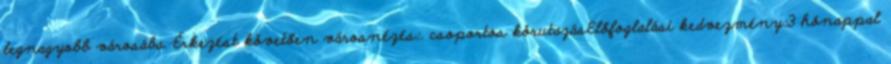
legnagyobb városába. Érkezést követően városnézés:. csoportos körutazásElőfoglalási kedvezmény:3 hónappal